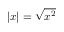
| x | = { \sqrt { x ^ { 2 } } }